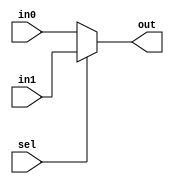
module mux2to1_cond(  out,
                      in0,
                      in1,
                      sel);
output          out;
input           in0;
input           in1;
input           sel;


assign  out = (sel)? in1 : in0 ;

endmodule


module mux2to1_if( out, in0, in1, sel);

output          out;
input           in0;
input           in1;
input           sel;

reg             out;

always @(in0, in1, sel) begin
      if(sel == 1'b0) begin
       out = in0 ;
    end else begin 
       out = in1 ;
    end
    
end
endmodule

module mux2to1_case( out, in0, in1, sel);

output    out;
input     in0;
input     in1;
input     sel;

reg      out;

always @(sel, in1, in0) begin
      case( {sel, in1, in0})
        3'b000 :{out} = 1'b0; 
        3'b001 :{out} = 1'b1;
        3'b010 :{out} = 1'b0;                   
        3'b011 :{out} = 1'b1;             
        3'b100 :{out} = 1'b0;
        3'b101 :{out} = 1'b0;
        3'b110 :{out} = 1'b1;
        3'b111 :{out} = 1'b1;
      endcase
      
end
endmodule 
        

module mux4to1_if(out, in, sel);

output out;

input [3:0] in;

input [1:0] sel;


reg out;

always @( in, sel) begin
      if(sel == 2'b00)begin
        out = in[0];
    end else if(sel == 2'b01) begin
        out = in[1];
    end else if(sel == 2'b10) begin
      out = in[2];
  end else begin 
    out = in[3];
  end
  
end
endmodule


    
module mux4to1_case(out, in, sel);
  
  output out;
  input  [3:0] in;
  input  [1:0] sel;
  
reg out;

always @(in, sel) begin
  case( sel )
    2'b00 :{out} = in[0];
    2'b01 :{out} = in[1];
    2'b10 :{out} = in[2];
    2'b11 :{out} = in[3];
  endcase
end 
endmodule

module mux4to1_cond(out, in, sel);
  
  output      out;
  
  input [3:0] in;
  input [1:0] sel;
  
  wire  [1:0] cy;
  
 mux2to1_cond   uo( .out(cy[0]),
                   .in0(in[0]),
                   .in1(in[1]),
                   .sel(sel[0]));
               
 mux2to1_cond   u1( .out(cy[1]),
                    .in0(in[2]),
                    .in1(in[3]),
                    .sel(sel[0]));
               
 mux2to1_cond   u2( .out(out),
                    .in0(cy[0]),
                    .in1(cy[1]),
                    .sel(sel[1]));        

endmodule